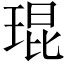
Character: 琨